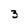
Character: 3